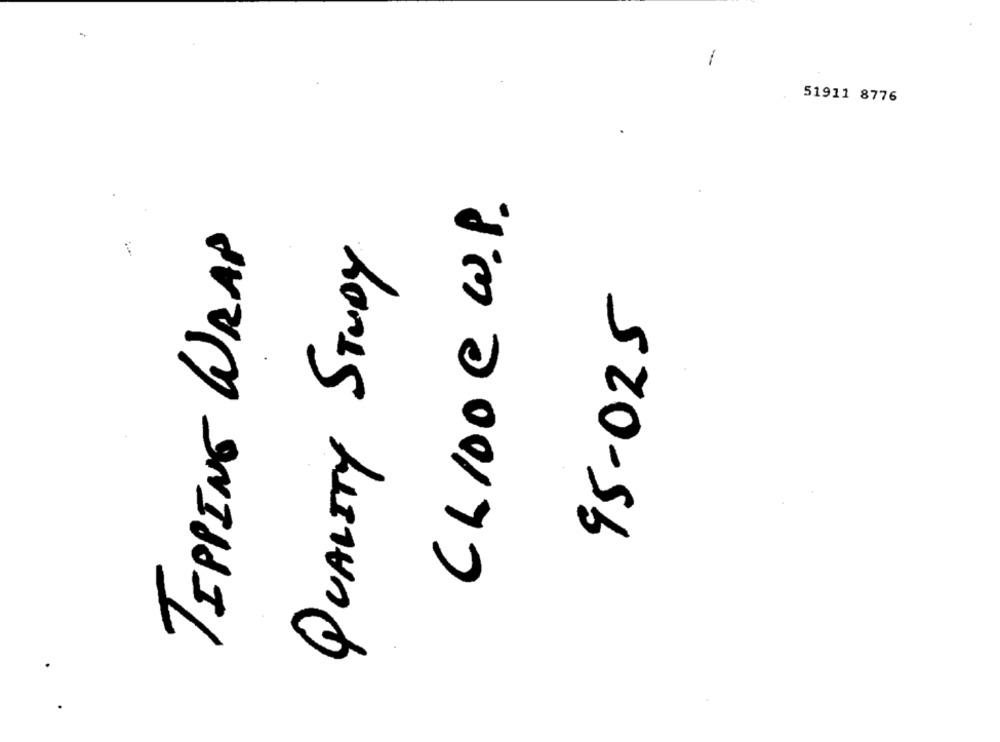
1
51911 8776
CL100 C W. P.
TIPPING WRAP
QUALITY STUDY
95-025